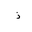
Letter: _thal